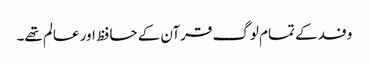
وفد کے تمام لوگ قرآن کے حافظ اور عالم تھے۔